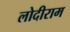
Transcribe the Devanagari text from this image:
लोदीराम